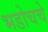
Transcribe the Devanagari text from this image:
भडोचचे